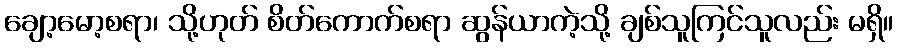
ချော့မော့စရာ၊ သို့ဟုတ် စိတ်ကောက်စရာ ဆွန်ယာကဲ့သို့ ချစ်သူကြင်သူလည်း မရှိ။